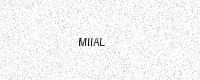
Text: MIIAL